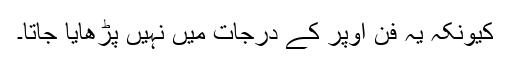
کیونکہ یہ فن اوپر کے درجات میں نہیں پڑھایا جاتا۔